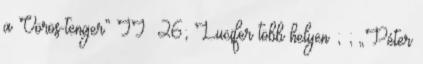
a Vörös-tenger” II 26; Lucifer több helyen ; ; „Péter